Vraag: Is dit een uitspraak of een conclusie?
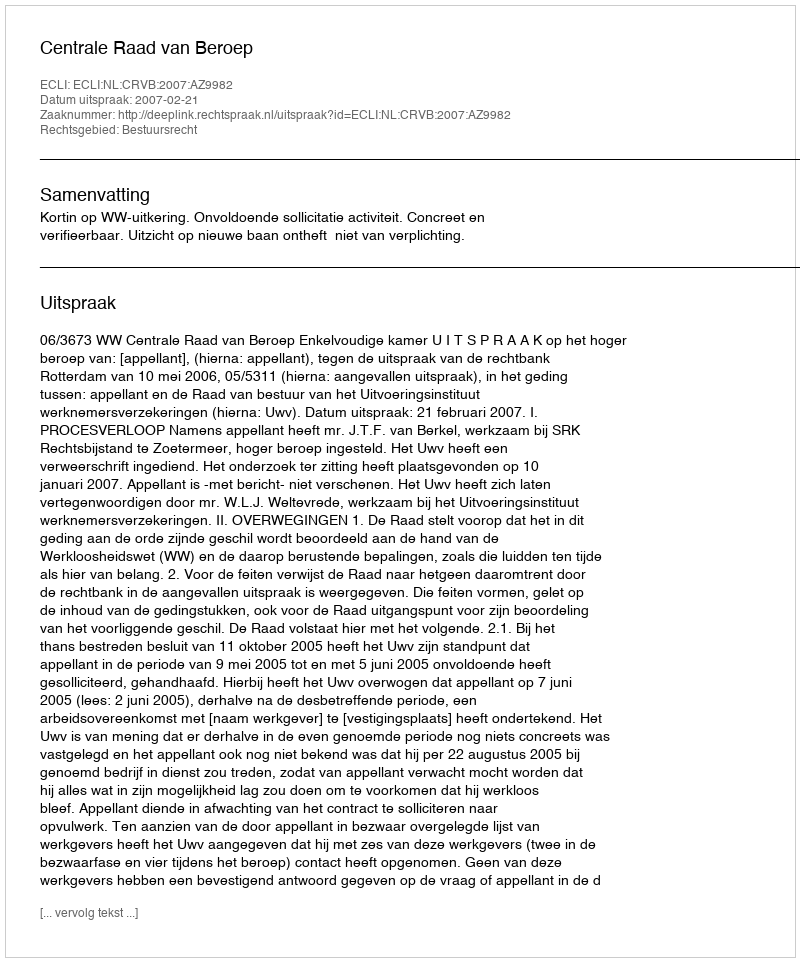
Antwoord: Uitspraak